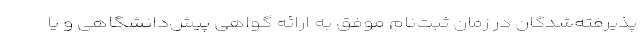
پذیرفته‌شدگان در زمان ثبت‌نام موفق به ارائه گواهی پیش‌دانشگاهی و یا